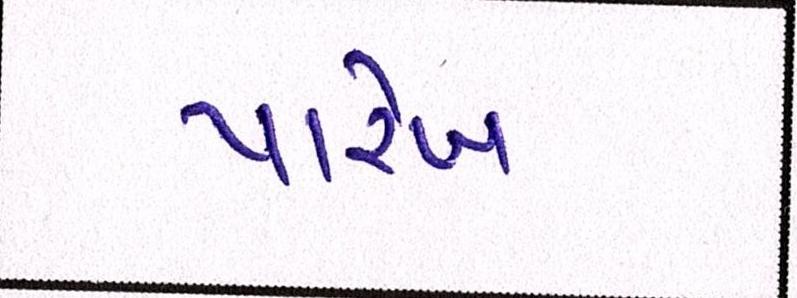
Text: પારેખ